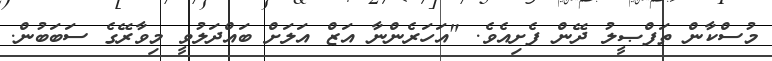
މުސްކާން ތަފްޞީލު ދޭން ފެށިއެވެ. "އަހަރެންނާ އަޒް އަލަށް ބައްދަލުވީ މިވާރޭގެ ސަބަބުން.